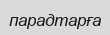
парадтарға